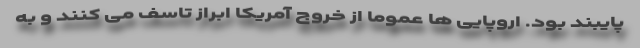
پایبند بود. اروپایی ها عموما از خروج آمریکا ابراز تاسف می کنند و به